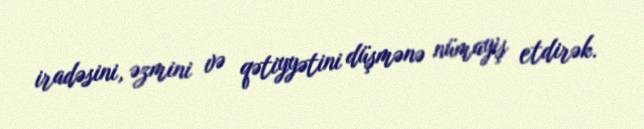
iradəsini, əzmini və qətiyyətini düşmənə nümayiş etdirək.